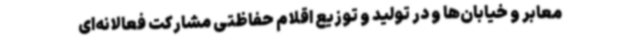
معابر و خیابان‌ها و در تولید و توزیع اقلام حفاظتی مشارکت فعالانه‌ای